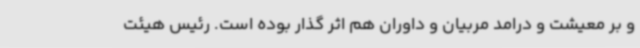
و بر معیشت و درامد مربیان و داوران هم اثر گذار بوده است. رئیس هیئت